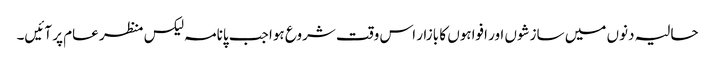
حالیہ دنوں میں سازشوں اور افواہوں کا بازار اس وقت شروع ہوا جب پانامہ لیکس منظر عام پر آئیں۔